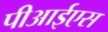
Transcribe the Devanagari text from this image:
पीआईएस